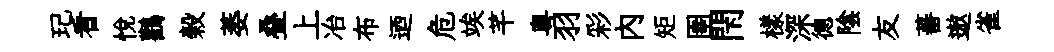
玘看悅鸛榖萎叠上冶布迺危竢芊粵羽彩內矩圉閇樣深德陰友蕃遨雀